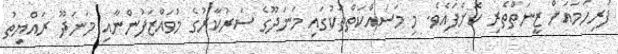
ފުރިހަމައަށް ޒީނަތްތެރި ކޮށްފައެވެ. މި މަސައްކަތްތަކުގައި މަނަދޫގެ ސަރުކާރުގެ މުވައްޒަފުންނާއި މަނަދޫ ރައްޔިތު